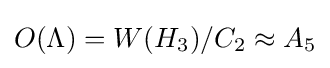
O(\Lambda )=W(H_{3})/C_{2}\approx A_{5}